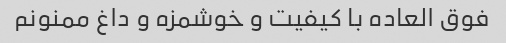
فوق العاده با کیفیت و خوشمزه و داغ ممنونم